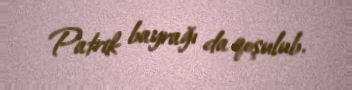
Patrik bayrağı da qoşulub.